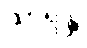
သာရန္တိ